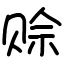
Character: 赊